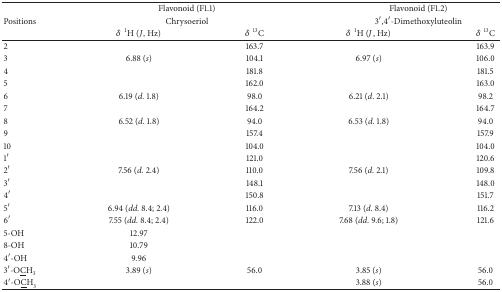
|  | <COLSPAN=2> Flavonoid (F1.1) | <COLSPAN=2> Flavonoid (F1.2) |
 | Positions | <COLSPAN=2> Chrysoeriol | <COLSPAN=2> 3′,4′-Dimethoxyluteolin |
 |  | δ1H (J, Hz) | δ13C | δ1H (J, Hz) | δ13C |
 | --- | --- | --- | --- | --- |
 | 2 |  | 163.7 |  | 163.9 |
 | 3 | 6.88 (s) | 104.1 | 6.97 (s) | 106.0 |
 | 4 |  | 181.8 |  | 181.5 |
 | 5 |  | 162.0 |  | 163.0 |
 | 6 | 6.19 (d. 1.8) | 98.0 | 6.21 (d. 2.1) | 98.2 |
 | 7 |  | 164.2 |  | 164.7 |
 | 8 | 6.52 (d. 1.8) | 94.0 | 6.53 (d. 1.8) | 94.0 |
 | 9 |  | 157.4 |  | 157.9 |
 | 10 |  | 104.0 |  | 104.0 |
 | 1′ |  | 121.0 |  | 120.6 |
 | 2′ | 7.56 (d. 2.4) | 110.0 | 7.56 (d. 2.1) | 109.8 |
 | 3′ |  | 148.1 |  | 148.0 |
 | 4′ |  | 150.8 |  | 151.7 |
 | 5′ | 6.94 (dd. 8.4; 2.4) | 116.0 | 7.13 (d. 8.4) | 116.2 |
 | 6′ | 7.55 (dd. 8.4; 2.4) | 122.0 | 7.68 (dd. 9.6; 1.8) | 121.6 |
 | 5-OH | 12.97 |  |  |  |
 | 8-OH | 10.79 |  |  |  |
 | 4′-OH | 9.96 |  |  |  |
 | 3′-O<underline>C</underline>H3 | 3.89 (s) | 56.0 | 3.85 (s) | 56.0 |
 | 4′-O<underline>C</underline>H3 |  |  | 3.88 (s) | 56.0 |